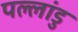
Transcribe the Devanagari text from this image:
पल्लांडु